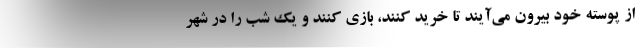
از پوسته خود بیرون می‌آیند تا خرید کنند، بازی کنند و یک شب را در شهر